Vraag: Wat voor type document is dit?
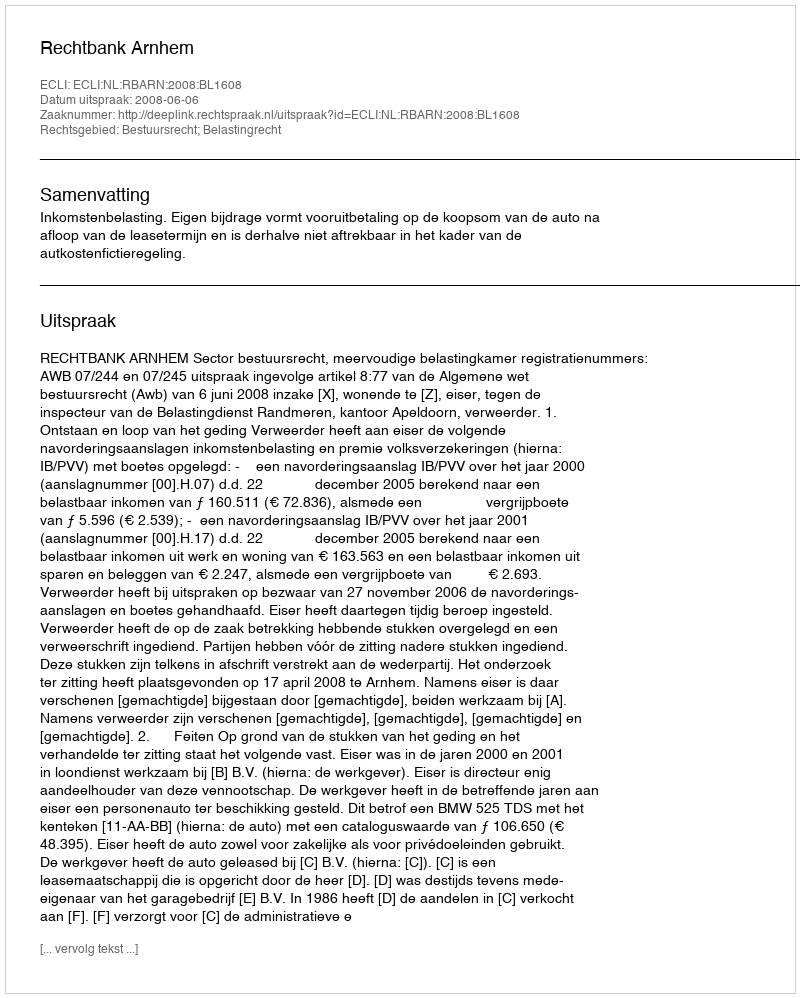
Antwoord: Uitspraak